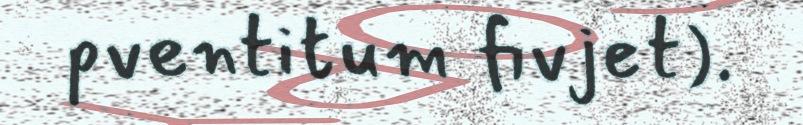
pventitum fivjet).